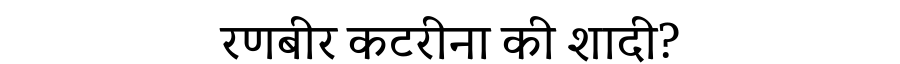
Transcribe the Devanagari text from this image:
रणबीर कटरीना की शादी?